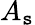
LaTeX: A_{\mathtt{s}}